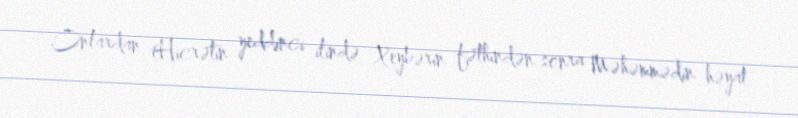
Onlardan (Hicrətin yeddinci ilində Xeybərin fəthindən sonra Məhəmmədin həyat